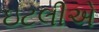
ઇટલીએ